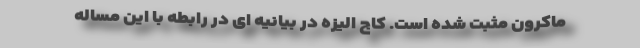
ماکرون مثبت شده است. کاج الیزه در بیانیه ای در رابطه با این مساله